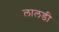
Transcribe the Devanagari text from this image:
लालडी